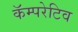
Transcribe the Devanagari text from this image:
कॅम्परेटिव